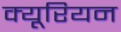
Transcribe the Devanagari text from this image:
क्यूरियन